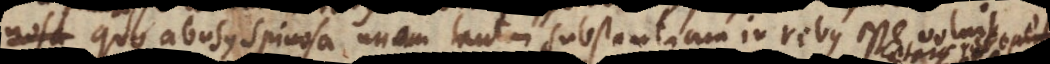
Deum, quo abusus Spinosa unam tantum substantiam in rebus esse voluit,